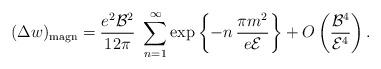
LaTeX: \begin{align*}(\Delta w)_{{\rm magn}}=\frac{e^2{\cal B}^2}{12\pi}\ \sum_{n=1}^\infty\exp\left\{-n\,\frac{\pi m^2}{e{\cal E}}\right\}+O\left(\frac{{\cal B}^4}{{\cal E}^4}\right).\end{align*}